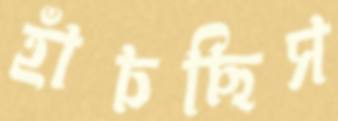
হাঁচছিস